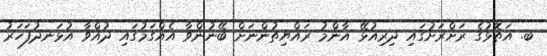
ބ. އަތޮޅުގެ ރަށްރަށުގައި ދިރިއުޅޭ އާންމު ރައްޔިތުންނަށް ބޭނުންވާ އެއްގަމުގައި ދުއްވާ އުޅަނދުފަހަރު